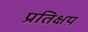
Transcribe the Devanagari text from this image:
प्रतिक्षप